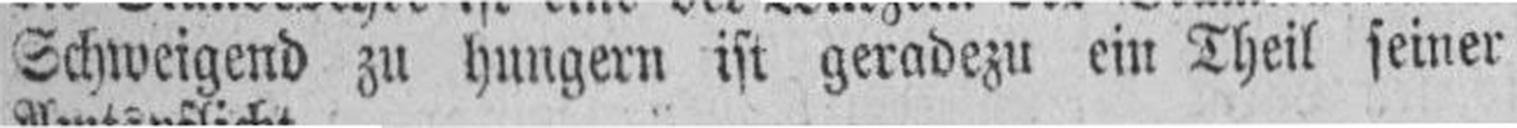
Schweigend zu hungern ist geradezu ein Theil seiner